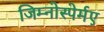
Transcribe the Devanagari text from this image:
जिम्नोस्पेर्मए